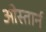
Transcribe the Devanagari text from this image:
ओस्तार्न